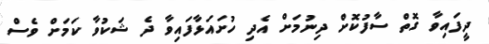
ދީފައިވާ ގޮތް ސާފުކޮށް ދިނުމަށް އެދި ހުށައަޅާފައިވާ ދެ ޝަކުވާ ކަމަށް ވެސް